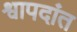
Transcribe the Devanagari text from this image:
श्वापदांत